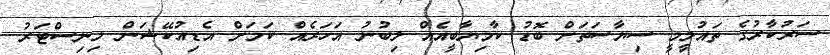
ސަރުކާރުގެ ތައުލީމީ ސިޔާސަތަށް ބޮޑު ކާމިޔާބީއެއް ލިބުނު އަހަރެއް ކަމަށް އެޑިއުކޭޝަން މިނިސްޓަރު